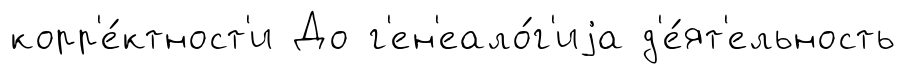
корр'е́ктност'и До г'ен'еало́г'иjа д'е́ят'ельность